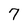
Character: 7